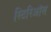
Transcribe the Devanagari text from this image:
स्टिरिऑस